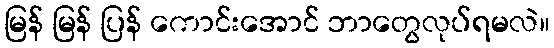
မြန် မြန် ပြန် ကောင်းအောင် ဘာတွေလုပ်ရမလဲ။